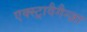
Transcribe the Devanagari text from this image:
एक्स्ट्रावैगैन्ज़ा